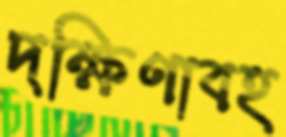
দক্ষিণাবহ